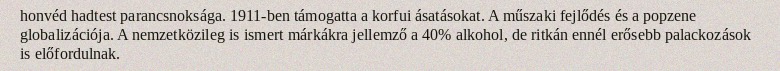
honvéd hadtest parancsnoksága. 1911-ben támogatta a korfui ásatásokat. A műszaki fejlődés és a popzene globalizációja. A nemzetközileg is ismert márkákra jellemző a 40% alkohol, de ritkán ennél erősebb palackozások is előfordulnak.